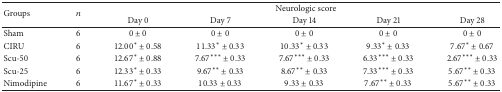
| <ROWSPAN=2> Groups | <ROWSPAN=2> n | <COLSPAN=5> Neurologic score |
 | Day 0 | Day 7 | Day 14 | Day 21 | Day 28 |
 | --- | --- | --- | --- | --- | --- | --- |
 | Sham | 6 | 0 ± 0 | 0 ± 0 | 0 ± 0 | 0 ± 0 | 0 ± 0 |
 | CIRU | 6 | 12.00* ± 0.58 | 11.33* ± 0.33 | 10.33* ± 0.33 | 9.33* ± 0.33 | 7.67* ± 0.67 |
 | Scu-50 | 6 | 12.67* ± 0.88 | 7.67*** ± 0.33 | 7.67*** ± 0.33 | 6.33*** ± 0.33 | 2.67*** ± 0.33 |
 | Scu-25 | 6 | 12.33* ± 0.33 | 9.67** ± 0.33 | 8.67** ± 0.33 | 7.33*** ± 0.33 | 5.67** ± 0.33 |
 | Nimodipine | 6 | 11.67* ± 0.33 | 10.33 ± 0.33 | 9.33 ± 0.33 | 7.67** ± 0.33 | 5.67** ± 0.33 |